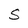
Character: S